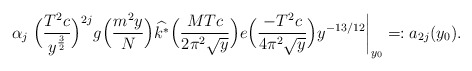
\begin{align*}\alpha_j \left. \Big( \frac{T^2c}{y^{\frac{3}{2}}} \Big)^{2j}g\Big(\frac{m^2 y}{N}\Big)\widehat{k^*}\Big(\frac{MTc}{2 \pi^2 \sqrt{y}}\Big)e\Big(\frac{-T^2c}{4 \pi^2 \sqrt{y}}\Big)y ^{-{13}/{12}} \right|_{y_0} =: a_{2j}(y_0).\end{align*}